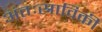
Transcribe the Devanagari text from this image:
अंतःस्राविकी